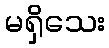
မရှိသေး